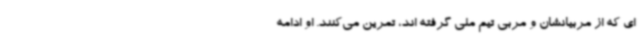
ای که از مربیانشان و مربی تیم ملی گرفته اند، تمرین می‌کنند. او ادامه